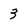
Character: 3